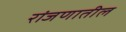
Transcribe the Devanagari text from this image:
रांजणातील